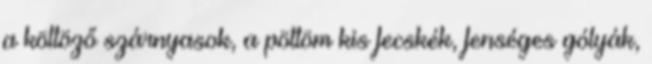
a költöző szárnyasok, a pöttöm kis fecskék, fenséges gólyák,